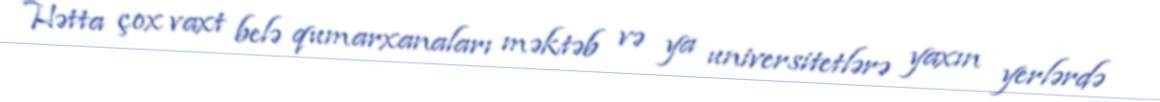
Hətta çox vaxt belə qumarxanaları məktəb və ya universitetlərə yaxın yerlərdə